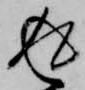
返